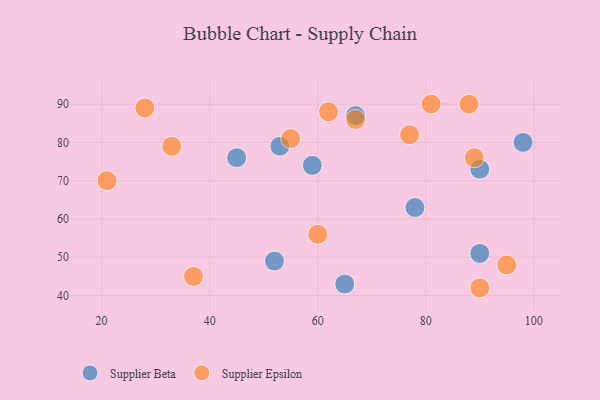
{"axis": {"x": "GDP", "y": "Life Expectancy"}, "legend": ["Supplier Beta", "Supplier Epsilon"], "data": [{"x": "59", "y": 74, "type": "Supplier Beta"}, {"x": "78", "y": 63, "type": "Supplier Beta"}, {"x": "45", "y": 76, "type": "Supplier Beta"}, {"x": "90", "y": 51, "type": "Supplier Beta"}, {"x": "98", "y": 80, "type": "Supplier Beta"}, {"x": "65", "y": 43, "type": "Supplier Beta"}, {"x": "67", "y": 87, "type": "Supplier Beta"}, {"x": "90", "y": 73, "type": "Supplier Beta"}, {"x": "52", "y": 49, "type": "Supplier Beta"}, {"x": "53", "y": 79, "type": "Supplier Beta"}, {"x": "55", "y": 81, "type": "Supplier Epsilon"}, {"x": "81", "y": 90, "type": "Supplier Epsilon"}, {"x": "88", "y": 90, "type": "Supplier Epsilon"}, {"x": "60", "y": 56, "type": "Supplier Epsilon"}, {"x": "89", "y": 76, "type": "Supplier Epsilon"}, {"x": "90", "y": 42, "type": "Supplier Epsilon"}, {"x": "33", "y": 79, "type": "Supplier Epsilon"}, {"x": "21", "y": 70, "type": "Supplier Epsilon"}, {"x": "77", "y": 82, "type": "Supplier Epsilon"}, {"x": "95", "y": 48, "type": "Supplier Epsilon"}, {"x": "67", "y": 86, "type": "Supplier Epsilon"}, {"x": "28", "y": 89, "type": "Supplier Epsilon"}, {"x": "37", "y": 45, "type": "Supplier Epsilon"}, {"x": "62", "y": 88, "type": "Supplier Epsilon"}]}